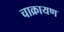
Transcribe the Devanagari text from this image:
चाक्रायण